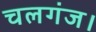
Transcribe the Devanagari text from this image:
चलगंज।